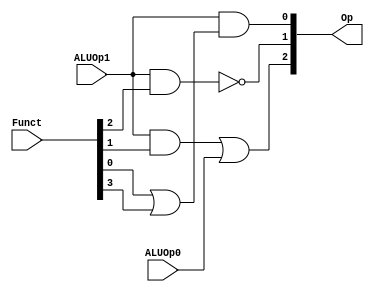
module ALUcontrol(ALUOp1, ALUOp0, Funct, Op);	
	input ALUOp0, ALUOp1;
	input [5:0] Funct;
	output [2:0] Op;
	
	assign Op[2] = (ALUOp1 & Funct[1]) | ALUOp0;
	assign Op[1] = ALUOp1 ~& Funct[2];
	assign Op[0] = ALUOp1 & ( Funct[0] | Funct[3]);
	/*
	case({ALUOp1 ALUOp0})
	
		2'b00: assign Op = 3'b010;
		2'b01: assign Op = 3'b110;
		default: begin
		case(Funct[3:0])
			4'b0000: assign Op = 3'b010;
			4'b0010: assign Op = 3'b110;
			4'b0100: assign Op = 3'b000;
			4'b0101: assign Op = 3'b001;
			4'b1010: assign Op = 3'b111;
			
		endcase
		end
	endcase
	*/
endmodule
			

module tb_ALUCONTROL;
	wire [2:0] Op;
	reg [5:0] funct;
	reg aluop0, aluop1;
	
	ALUcontrol a1(aluop1, aluop0, funct, Op);
	
	initial
	$display("aluop1 aluop0 ||  FUNCT FIELD   || Operation");
	initial
	$monitor("  %b     %b   ||  %b           || %b", aluop1, aluop0, funct, Op);
	initial
	begin
		aluop0 = 1'b0; aluop1 = 1'b0; funct = 6'b000111;
	#10 aluop1 = 1'b0 ; aluop0 = 1; funct = 6'b001100;
	#20 aluop1 = 1'b1; aluop0 = 1'b0; funct = 6'bxx0000;
	#30 aluop1 = 1'b1; aluop0 = 1'b0; funct = 6'bxx0010;
	#40 aluop1 = 1'b1; aluop0 = 1'b0; funct = 6'bxx0100;
	#50 aluop1 = 1'b1; aluop0 = 1'b0; funct = 6'bxx0101;
	#60 aluop1 = 1'b1; aluop0 = 1'b0; funct = 6'bxx1010;
	end

endmodule